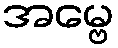
အမ္ဗေ